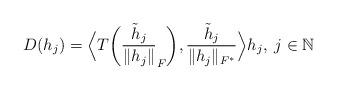
LaTeX: \begin{align*}D(h_j) = \Big\langle T\bigg({\dfrac{\Tilde{h}_j}{\|h_j\|}_F}\bigg), {\frac{\Tilde{h}_j}{\|h_j\|_{F^\ast}}}\Big\rangle h_j, \; j\in \mathbb{N}\end{align*}